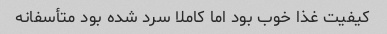
کیفیت غذا خوب بود اما کاملا سرد شده بود متأسفانه